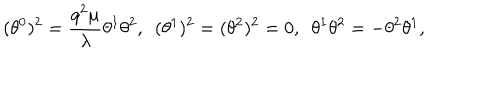
( \theta ^ { 0 } ) ^ { 2 } = \frac { q ^ { 2 } \mu } { \lambda } \theta ^ { 1 } \theta ^ { 2 } , ~ ~ ( \theta ^ { 1 } ) ^ { 2 } = ( \theta ^ { 2 } ) ^ { 2 } = 0 , ~ ~ \theta ^ { 1 } \theta ^ { 2 } = - \theta ^ { 2 } \theta ^ { 1 } ,